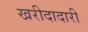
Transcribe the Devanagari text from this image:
खरीदादारी